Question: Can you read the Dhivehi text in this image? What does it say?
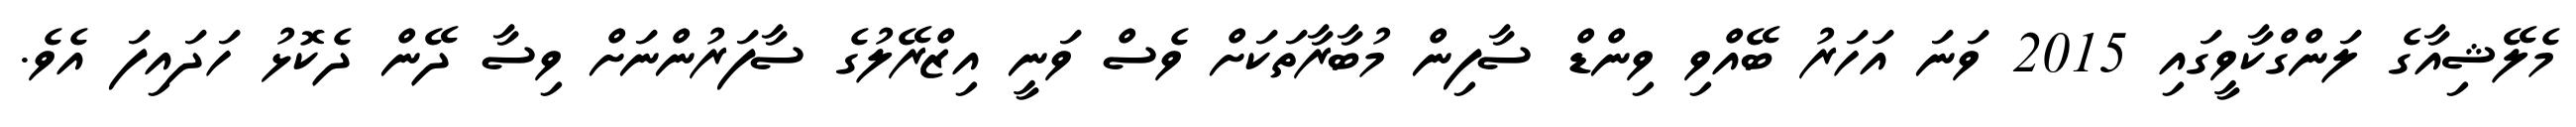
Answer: މެލޭޝިއާގެ ލަންގްކާވީގައި 2015 ވަނަ އަހަރު ބޭއްވި ވިންޑް ސާފިން މުބާރާތަކަށް ވެސް ވަނީ އިޒްރޭލުގެ ސާފަރުންނަށް ވިސާ ދޭން ދެކޮޅު ހަދައިފަ އެވެ.